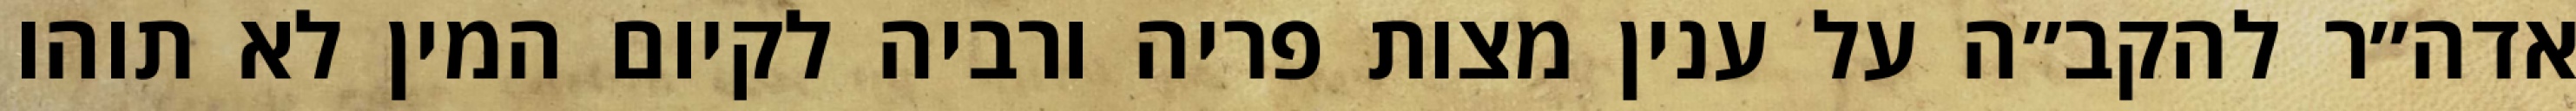
אדה״ר להקב״ה על ענין מצות פריה ורביה לקיום המין לא תוהו